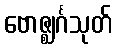
ဗောဇ္ဈင်္ဂသုတ်